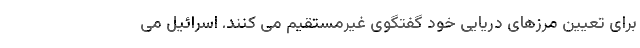
برای تعیین مرزهای دریایی خود گفتگوی غیرمستقیم می کنند. اسرائیل می